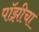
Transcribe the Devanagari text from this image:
पॉझीचा